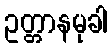
ဥတ္တာနမုခါ